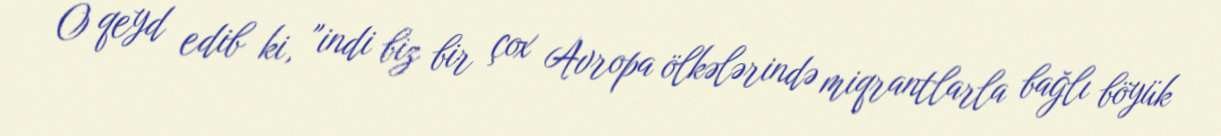
O qeyd edib ki, "indi biz bir çox Avropa ölkələrində miqrantlarla bağlı böyük